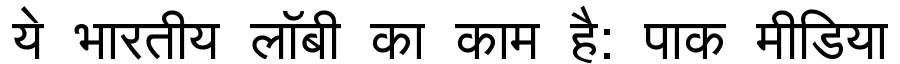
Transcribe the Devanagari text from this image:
ये भारतीय लॉबी का काम है: पाक मीडिया